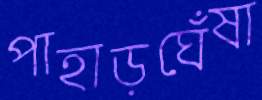
পাহাড়ঘেঁষা